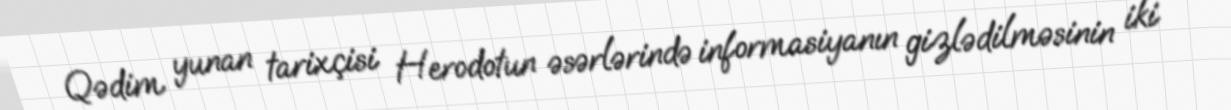
Qədim yunan tarixçisi Herodotun əsərlərində informasiyanın gizlədilməsinin iki